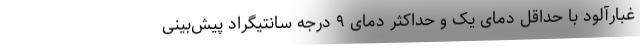
غبارآلود با حداقل دمای یک و حداکثر دمای ۹ درجه سانتیگراد پیش‌بینی